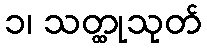
၁၊ သတ္ထုသုတ်